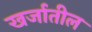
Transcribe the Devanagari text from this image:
खर्जातील